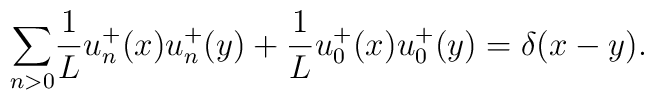
{\sum_{n>0}}\frac{1}{L}u_n^+(x)u_n^+(y)+\frac{1}{L}u_0^+(x)u_0^+(y)=    \delta(x-y).